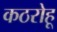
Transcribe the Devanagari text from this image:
कठरोहू